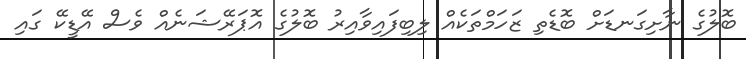
ބޮލުގެ ނާށިގަނޑަށް ބޮޑެތި ޒަހަމްތަކެއް ލިބިފައިވާއިރު ބޮލުގެ އޮޕަރޭޝަނެއް ވެސް އޭޑީކޭ ގައި